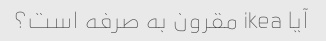
آیا ikea مقرون به صرفه است؟